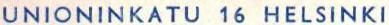
UNIONINKATU 16 HELSINKI